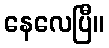
နေလေပြီ။